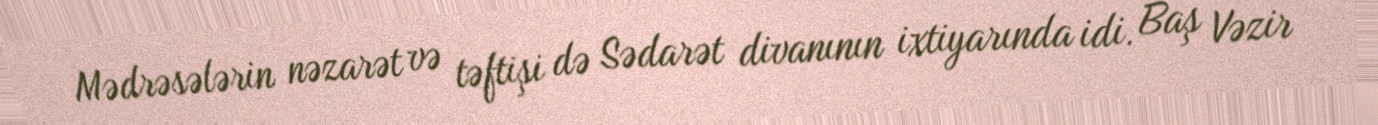
Mədrəsələrin nəzarət və təftişi də Sədarət divanının ixtiyarında idi. Baş Vəzir